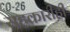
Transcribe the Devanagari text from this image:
सहकारीही